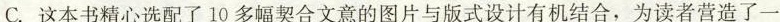
C. 这本书精心选配了10多幅契合文意的图片与版式设计有机结合，为读者营造了一